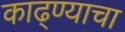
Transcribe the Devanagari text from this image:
काढ्ण्याचा